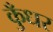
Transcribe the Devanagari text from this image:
कुँधर